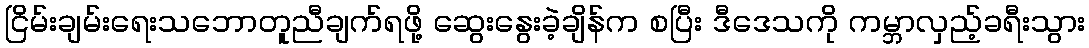
ငြိမ်းချမ်းရေးသဘောတူညီချက်ရဖို့ ဆွေးနွေးခဲ့ချိန်က စပြီး ဒီဒေသကို ကမ္ဘာလှည့်ခရီးသွား